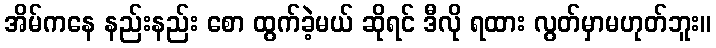
အိမ်ကနေ နည်းနည်း စော ထွက်ခဲ့မယ် ဆိုရင် ဒီလို ရထား လွတ်မှာမဟုတ်ဘူး။